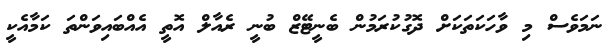
ނަމަވެސް މި ވާހަކަތަކަށް ދޮގުކުރަމުން ބެނީޓޭޒް ބުނީ ރެއާލް އޮތީ އެއްބައިވަންތަ ކަމާއެކީ